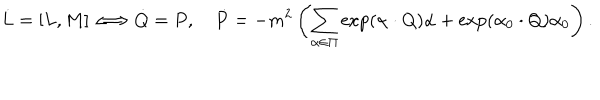
LaTeX: \dot { L } = [ L , M ] \Longleftrightarrow \dot { Q } = P , \quad \dot { P } = - m ^ { 2 } \left( \sum _ { \alpha \in \Pi } \exp ( { \alpha \cdot Q } ) \alpha + \exp ( { \alpha _ { 0 } \cdot Q } ) \alpha _ { 0 } \right) .